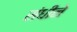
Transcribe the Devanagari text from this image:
संधीने